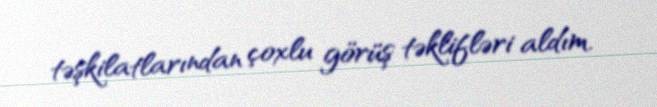
təşkilatlarından çoxlu görüş təklifləri aldım.